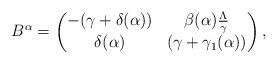
LaTeX: \begin{align*}B^{\alpha} = \begin{pmatrix}-( \gamma + \delta(\alpha) ) & \beta(\alpha)\frac{\Lambda}{\gamma}\\\delta(\alpha) & ( \gamma + \gamma_1(\alpha))\end{pmatrix},\end{align*}